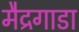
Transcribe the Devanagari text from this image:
मैद्रगाडा